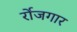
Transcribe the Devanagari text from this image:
र्रोजगार